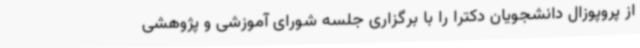
از پروپوزال دانشجویان دکترا را با برگزاری جلسه شورای آموزشی و پژوهشی